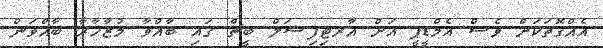
އެއްގޮތަކަށް ވެސް އެމްޑީޕީ އަށް އާރޓިފިޝަލް ބީޗް ގައި ބާއްވާ މުޒާހާރާ ބާއްވަން